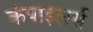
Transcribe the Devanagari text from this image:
कंपाइलर्स